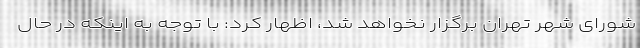
شورای شهر تهران برگزار نخواهد شد، اظهار کرد: با توجه به اینکه در حال